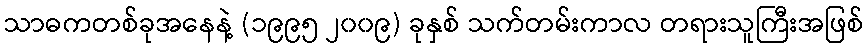
သာဓကတစ်ခုအနေနဲ့ (၁၉၉၅ ၂၀၀၉) ခုနှစ် သက်တမ်းကာလ တရားသူကြီးအဖြစ်